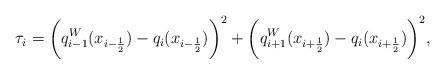
LaTeX: \begin{align*}\tau_{i}=\bigg(q^{W}_{i-1}(x_{i-\frac{1}{2}})-q_{i}(x_{i-\frac{1}{2}})\bigg)^2+\bigg(q^{W}_{i+1}(x_{i+\frac{1}{2}})-q_{i}(x_{i+\frac{1}{2}})\bigg)^2, \end{align*}